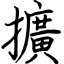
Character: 擴